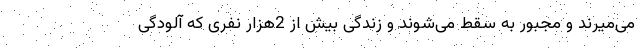
می‌میرند و مجبور به سقط می‌شوند و زندگی بیش از 2هزار نفری که آلودگی